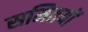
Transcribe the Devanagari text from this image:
समितयों